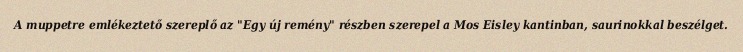
A muppetre emlékeztető szereplő az "Egy új remény" részben szerepel a Mos Eisley kantinban, saurinokkal beszélget.